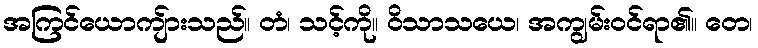
အကြင်ယောကျ်ားသည်။ တံ၊ သင့်ကို။ ဝိသာသယေ၊ အကျွမ်းဝင်ရာ၏။ တေ၊